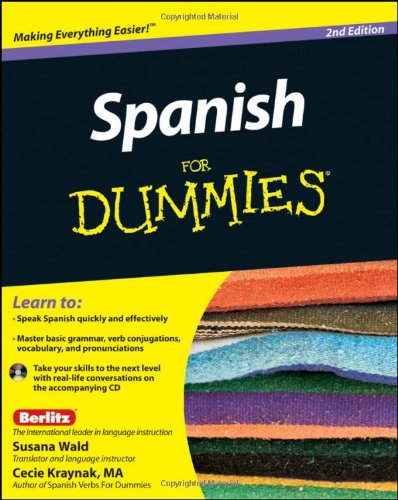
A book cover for Spanish For Dummies; Susana Wald; Reference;